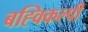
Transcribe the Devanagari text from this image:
बह्विकल्पी